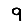
Digit: 9